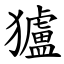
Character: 獹